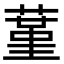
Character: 蓳